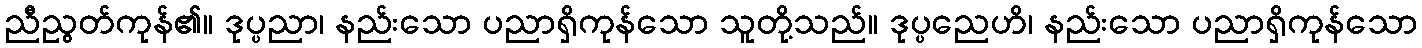
ညီညွတ်ကုန်၏။ ဒုပ္ပညာ၊ နည်းသော ပညာရှိကုန်သော သူတို့သည်။ ဒုပ္ပညေဟိ၊ နည်းသော ပညာရှိကုန်သော